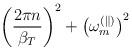
LaTeX: \begin{align*}\left(\frac{2\pi n}{\beta_T}\right)^2+\left(\omega_m^{(\parallel)}\right)^2\end{align*}